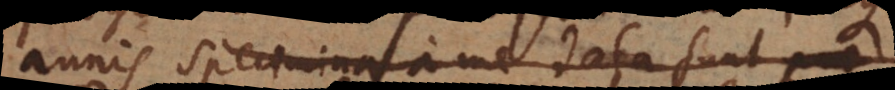
annis specimina a me data sunt